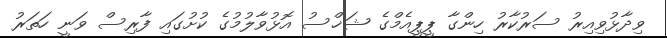
ވިދާޅުވިއިރު ސަރުކާރު ހިންގާ ޕީޕީއެމްގެ ޝަޚްސު އޮޅުވާލުމުގެ ކުށުގައި ފާރިސް ވަނީ ހަތަރު